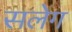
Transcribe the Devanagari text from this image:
सलेग